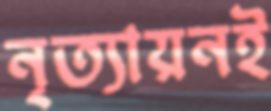
নৃত্যায়নই